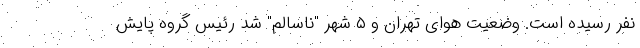
نفر رسیده است. وضعیت هوای تهران و ۵ شهر "ناسالم" شد رئیس گروه پایش